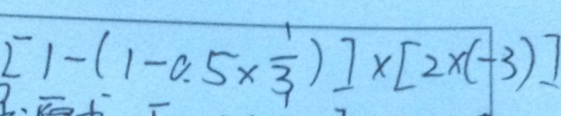
[ 1 - ( 1 - 0 . 5 \times \frac { 1 } { 3 } ) ] \times [ 2 \times ( - 3 ) ]